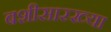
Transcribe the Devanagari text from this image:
बशीसारख्या